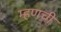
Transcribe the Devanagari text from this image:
म्हणची